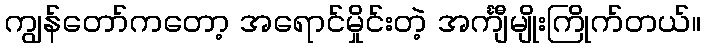
ကျွန်တော်ကတော့ အရောင်မှိုင်းတဲ့ အင်္ကျီမျိုးကြိုက်တယ်။